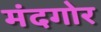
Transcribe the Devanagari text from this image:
मंदगोर